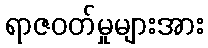
ရာဇဝတ်မှုများအား